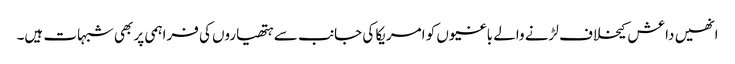
انھیں داعش کیخلاف لڑنے والے باغیوں کو امریکا کی جانب سے ہتھیاروں کی فراہمی پر بھی شبہات ہیں۔